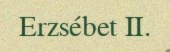
Erzsébet II.